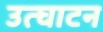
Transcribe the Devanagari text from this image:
उत्घाटन